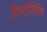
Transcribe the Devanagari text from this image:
हिस्टोलिसिस